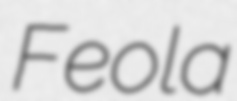
Feola